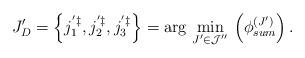
LaTeX: \begin{align*}J'_{D}=\left\{ j_{1}^{'\ddagger},j_{2}^{'\ddagger},j_{3}^{'\ddagger}\right\} =\arg\,\min_{J'\in\mathcal{J}''}\,\left(\phi_{sum}^{\left(J'\right)}\right).\end{align*}